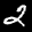
Label: 2